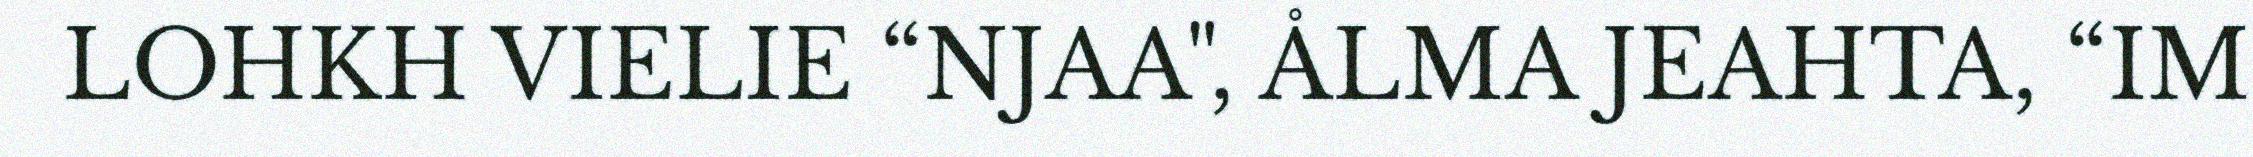
LOHKH VIELIE “NJAA", ÅLMA JEAHTA, “IM